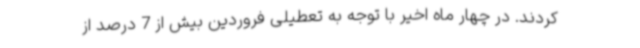
کردند. در چهار ماه اخیر با توجه به تعطیلی فروردین بیش از 7 درصد از